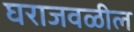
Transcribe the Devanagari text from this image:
घराजवळील